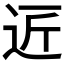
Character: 𮞆